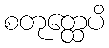
စတုတ္ထေပိ